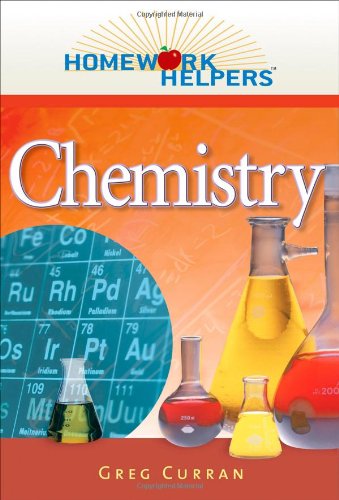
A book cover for Homework Helpers: Chemistry (Homework Helpers (Career Press)); Greg Curran; Science & Math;